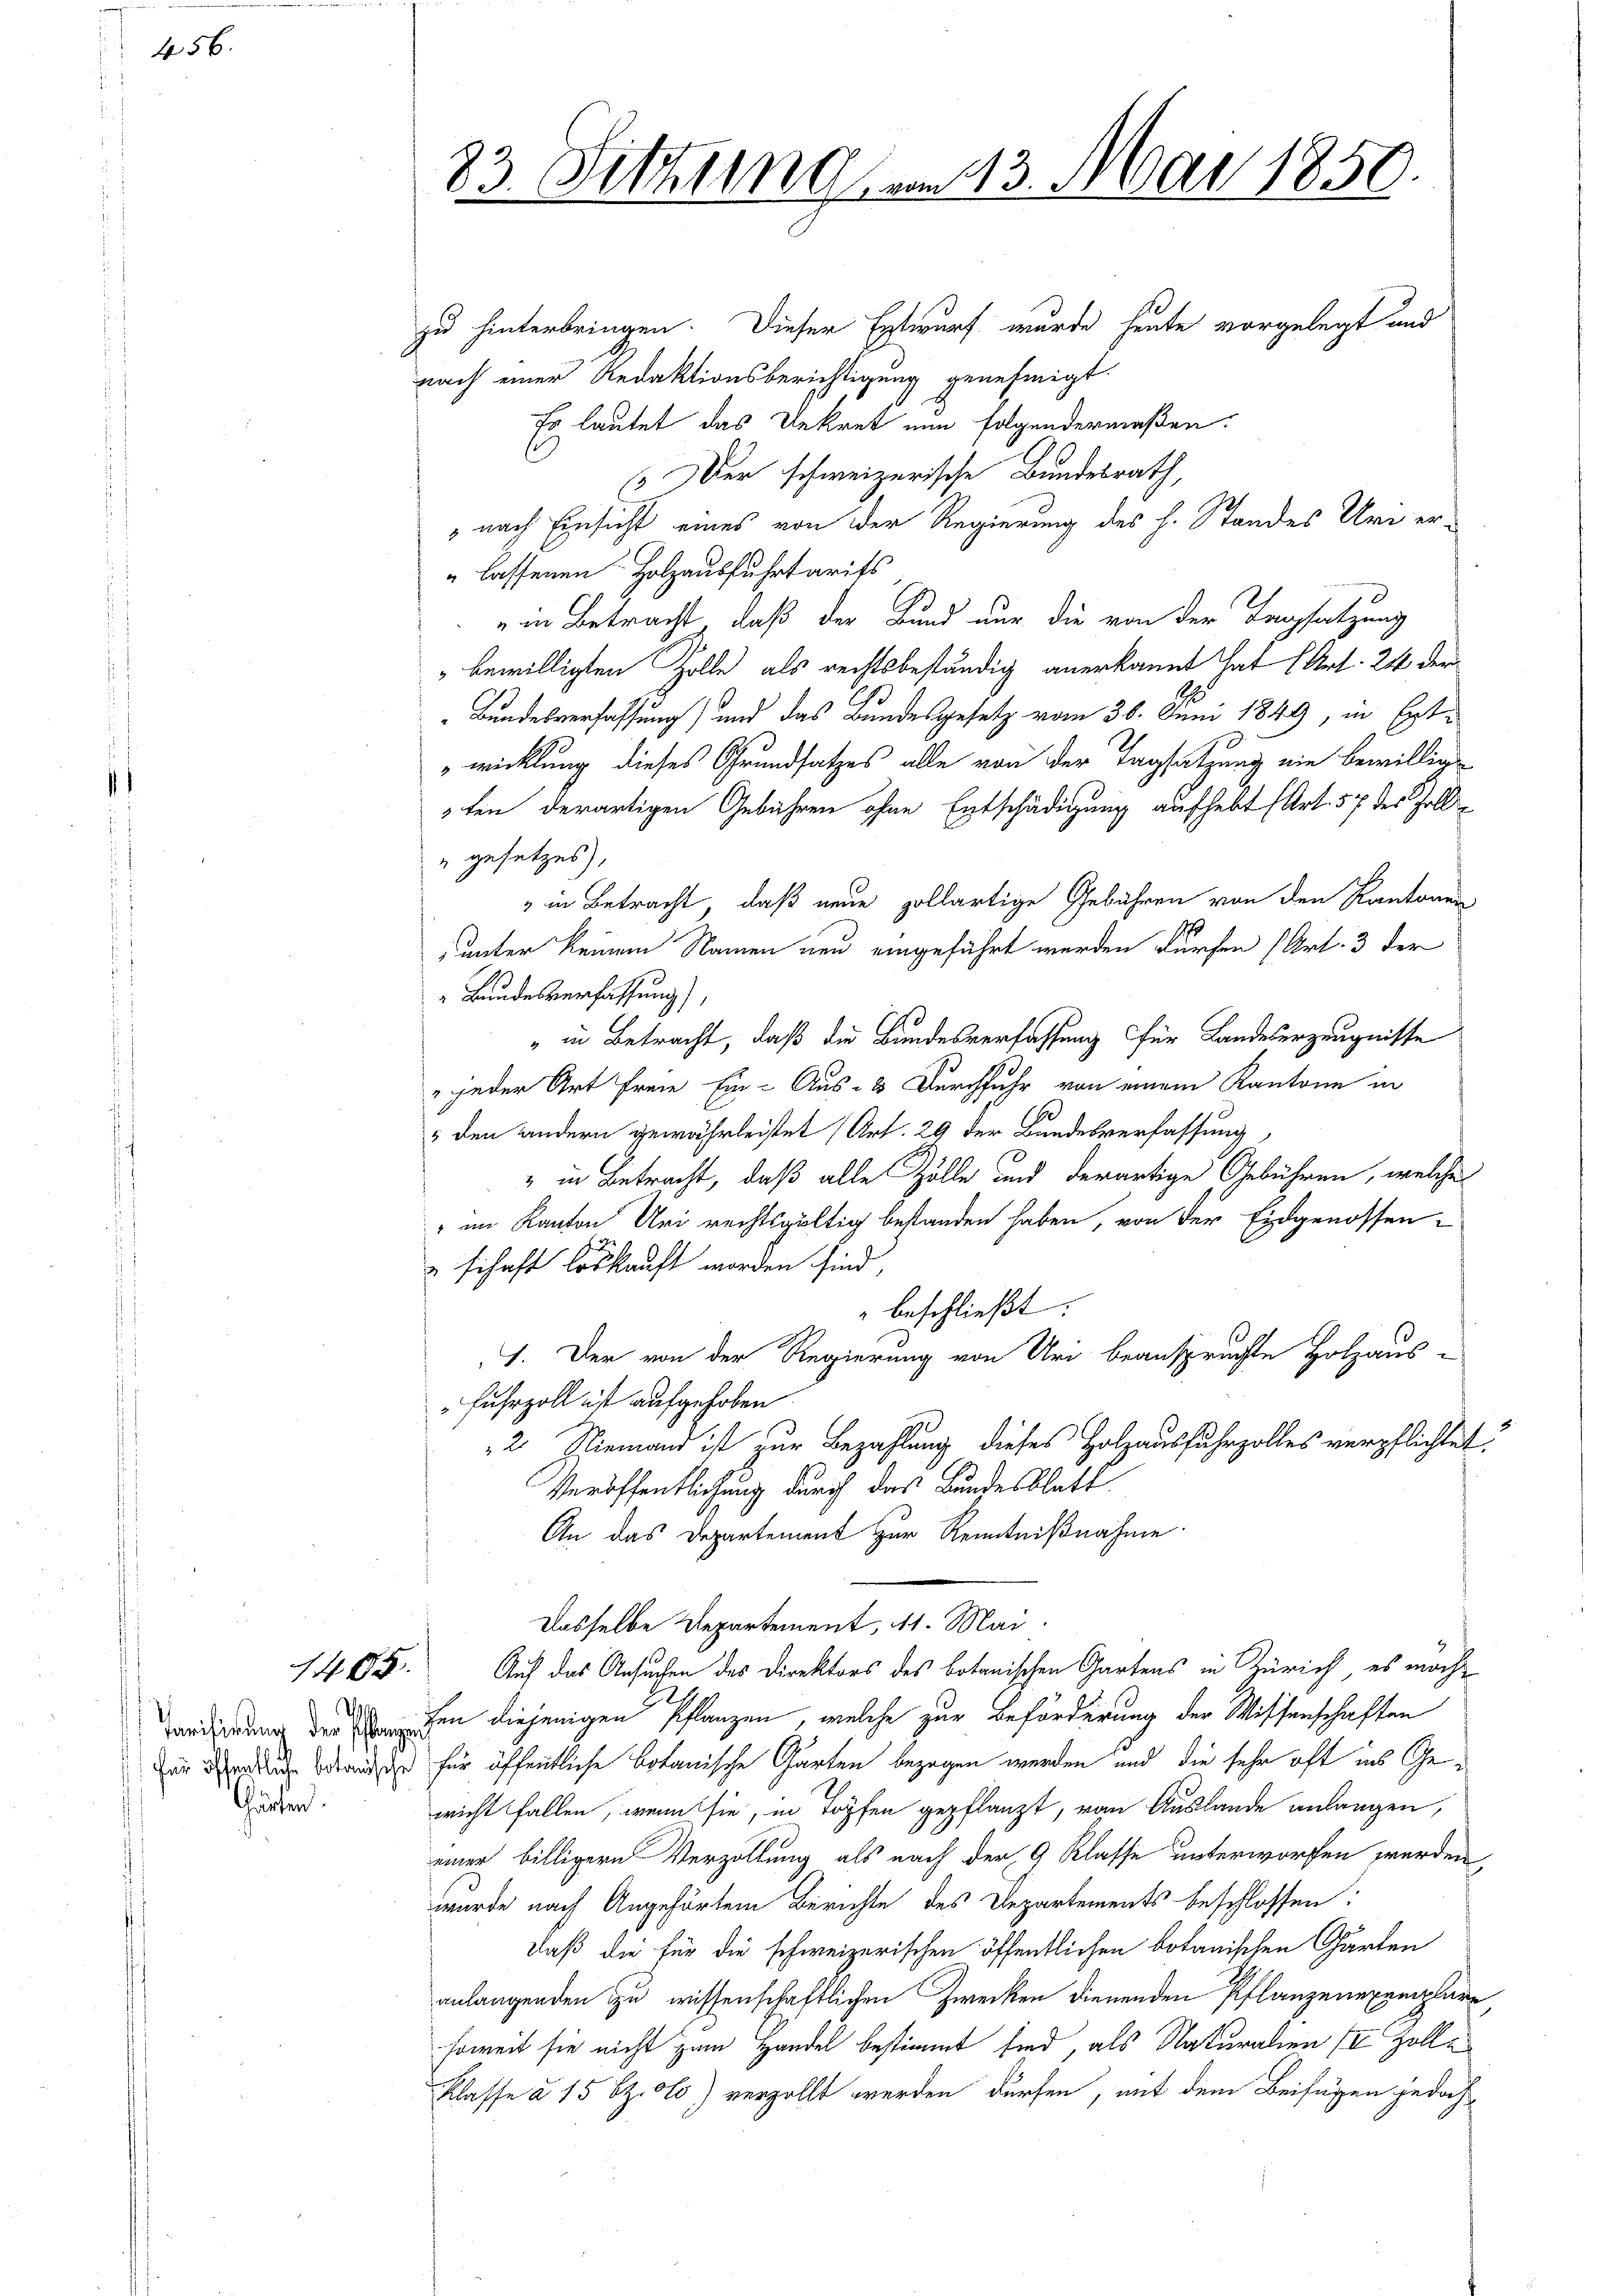
456.

Härten.

1405.
d

8

zu hinterbringen. Dieser Entwurf wurde heute vorgelegt und
nach einer Redaktionsberichtigung genehmigt.
Es lautet das Dekret nun folgendermaßen.
 er schweizerische Bundesrath,
nach Einsicht eines von der Regierung des h. Standes Uri er-
" lassenen Holzausfuhrtarits
in Betracht, daß der Bund nur die von der Tagsatzung
bewilligten Zolle als rechtsbeständig anerkannt hat (Art. 24 der
Bundesverfassung) und das Bundesgesetz vom 30. Juni 1849, in Entwicklung dieses Grundsatzes alle von der Tagsatzung ein bewilligten derartigen Gebühren ohne Entschädigung aufhebt (Art. 57 des Zoll¬
" gesetzes),
" in Betracht, daß neue zollartige Gebühren von den Kantonen
unter keinem Namen neu eingeführt werden dürfen (Art. 3 der
 Bundesverfassung),
" in Betracht, daß die Bundesverfassung für Landeserzeugnisse
" jeder Art Freie Ein- Aus- & Durchfuhr von einem Kantone in
 den andern gewährleistet (Art. 29 der Bundesverfassung
" in Betracht, daß alle Zölle und derartige Gebühren, welche
" im Kanton Uri rechtsgültig bestanden haben, von der Eidgenossenschaft loskauft worden sind,
beschließt:
1. Der von der Regierung von Uri beanspruchte Holzaus-
" Fuhrzoll ist aufgehoben.
2. Niemand ist zur Bezahlung dieses Holzausfuhrzolles verpflichtet:
Veröffentlichung durch das Bundesblatt
An das Departement zur Kenntnißnahme.
Dasselbe Departement, 11. Mai.
Auf das Ansuchen des Direktors des botanischen Gartens in Zürich, es macht
Carderung der den diejenigen Pflanzen, welche zur Beförderung der Wissenschaften
ir und die für öffentliche botanische Garten bezogen werden und die sehr oft ins Gewicht fallen, wenn sie, in Topfen gepflanzt, von Auslande anlangen,
einer billigern Verzöllung als nach der 9 Klasse unterworfen werden,
wurde nach Angehörten Berichte des Departements beschlossen:
daß die für die schweizerischen öffentlichen botanischen Garten
anlangenden zu wissenschaftlichen Zwecken dienenden Pflanzenexemplare
soweit sie nicht zum Handel bestimmt sind, als Naturalien II Zolle
Klasse à 15 Bz. olo) verzollt werden dürfen, mit dem Beifügen jedoch

S.

Sitzung am 13. Mai 1850.
.